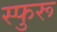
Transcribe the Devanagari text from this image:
स्फुरू